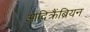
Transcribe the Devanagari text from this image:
आदिक्रैंब्रियन